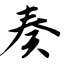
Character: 奏